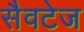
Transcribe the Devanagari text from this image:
सैवटेज